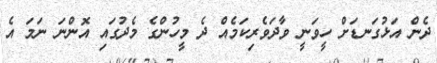
ދެން އަޅުގަނޑަށް ހީވަނީ ވާދަވެރިކަމެއް ދެ މީހުންގެ މެދުގައި އޮންނަ ނަމަ އެ